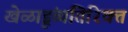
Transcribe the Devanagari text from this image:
खेळाडूंव्यतिरिक्त